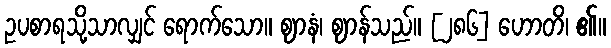
ဥပစာရသို့သာလျှင် ရောက်သော။ ဈာနံ၊ ဈာန်သည်။ [၂၈၆] ဟောတိ၊ ၏။